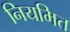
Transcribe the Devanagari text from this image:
नियमित